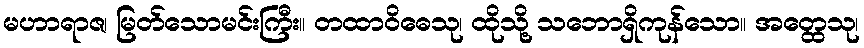
မဟာရာဇ၊ မြတ်သောမင်းကြီး။ တထာဝိဓေသု၊ ထိုသို့ သဘောရှိကုန်သော။ အတ္ထေသု၊